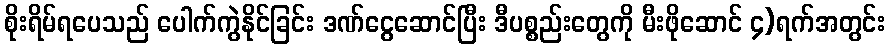
စိုးရိမ်ရပေသည် ပေါက်ကွဲနိုင်ခြင်း ဒဏ်ငွေဆောင်ပြီး ဒီပစ္စည်းတွေကို မီးဖိုဆောင် ၄)ရက်အတွင်း